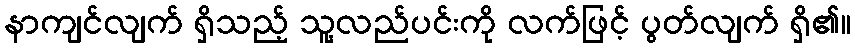
နာကျင်လျက် ရှိသည့် သူ့လည်ပင်းကို လက်ဖြင့် ပွတ်လျက် ရှိ၏။